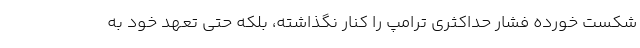
شکست خورده فشار حداکثری ترامپ را کنار نگذاشته، بلکه حتی تعهد خود به